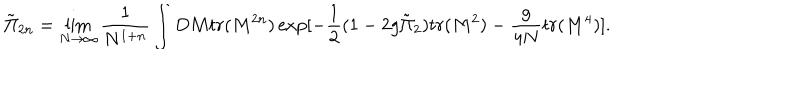
LaTeX: { \tilde { \Pi } } _ { 2 n } = \lim _ { N \to \infty } \frac { 1 } { N ^ { 1 + n } } \int D M t r ( M ^ { 2 n } ) \exp [ - \frac { 1 } { 2 } ( 1 - 2 g { \tilde { \Pi } } _ { 2 } ) t r ( M ^ { 2 } ) - \frac { g } { 4 N } t r ( M ^ { 4 } ) ] .